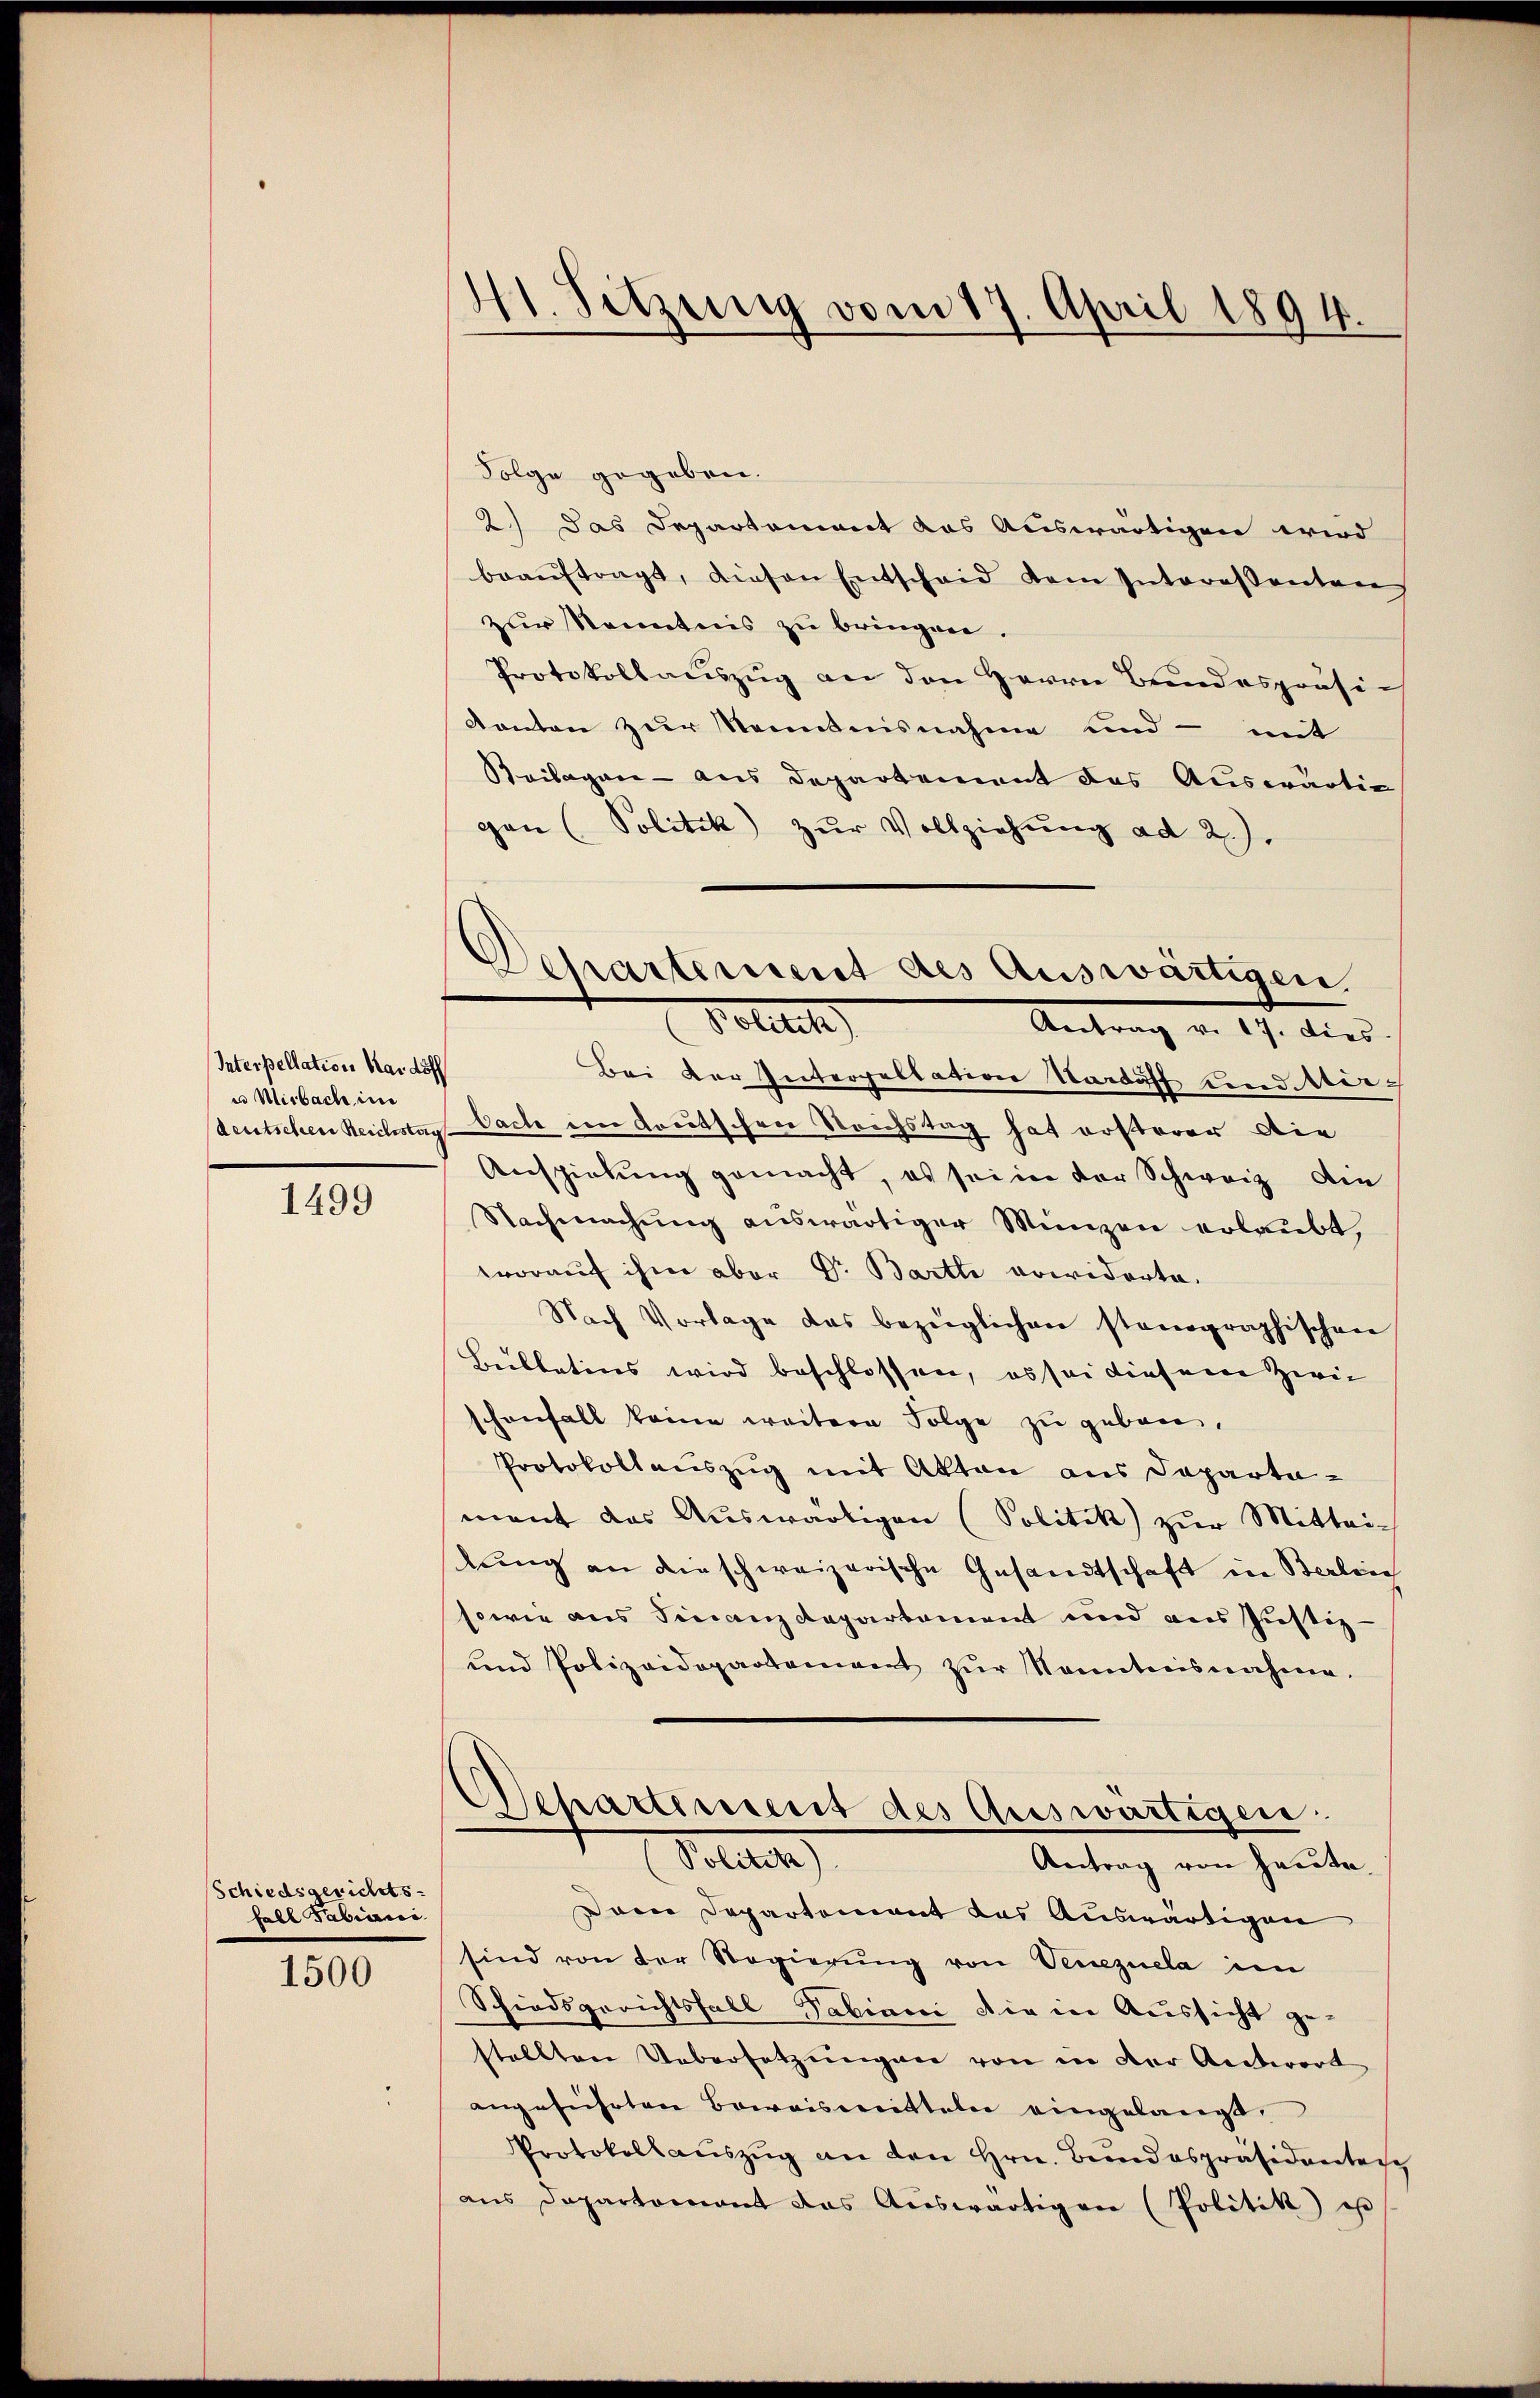
Interpellation Mai döch
u Misbach im

1499

Schiedsgerichts-
Fall Fabiani

1500

41. Sitzung vom 17. April 1894.

Departement des Auswärtigen.
Dottest

Folge gegeben.
2) das Departement das Auswärtigen wird
beaŭftragt, diesen Entscheid dem Interessanten
zur Kenntnis zu bringen.
Protokollauszug an den Herrn Bundespräsi-
Kanton zur Kenntnisnahme und - mit
Beilagen - aus Departement das Auswärtig
pan (Politik zŭr Vollziehŭng ad 2.).
Antrag v. 17. dies
Bei der Interpellation Varduff und Merdeutschen Reichstag Nach ein deutschen Reichstag hat ersterer die
Anspielung gemacht, es sei in der Schweiz die
Nachmachŭng auswärtiger Münzen erlaubt,
worauf ihm aber Dr. Bartli arwiderte.
Nach Vorlage das bezüglichen stanographischen
Beillatins wird beschlossen, es sei diesem Zwic
schonfall keine weitere Folge zu geben,
Protokollauszug mit Akten aus Departemant das Auswärtigen (Politik zur Mittei-
lung an die schweizerische Gesandtschaft in Berlin
sowie aus Finanzdepartament und aus Justiz-
und Polizeidepartement zŭr Kenntnisnahme.
Departement des Auswärtigen.
Sollte
Antrag von heute.
Dren Departement das Auswärtigen
sind von der Regierung von Venezuela im
Schiedsgerichtsfall Sabiani die in Aussicht gestellten Uebersetzŭngen von in der Antwort
angeführten Beweismitteln eingelangt.
Protokollauszug an den Hrn. Bundespräsidenten
aus Departomant das Auswärtigen (Politik ist